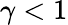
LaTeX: \gamma<1